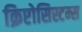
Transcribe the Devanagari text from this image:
क्रिप्टोसिस्टम्स